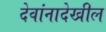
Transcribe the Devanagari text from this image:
देवांनादेखील